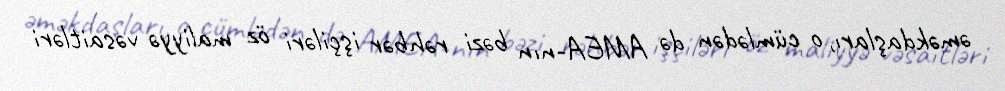
əməkdaşları, o cümlədən də AMEA-nın bəzi rəhbər işçiləri öz maliyyə vəsaitləri